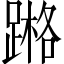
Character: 𨃶